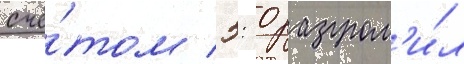
счё́том 5: 0 разгром'и́л